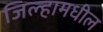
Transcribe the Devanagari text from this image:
जिल्हामधील